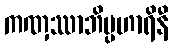
ကဏှဿာဘိပ္ပဟာရိနီ